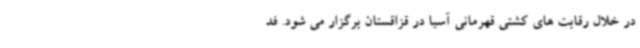
در خلال رقابت های کشتی قهرمانی آسیا در قزاقستان برگزار می شود. فد